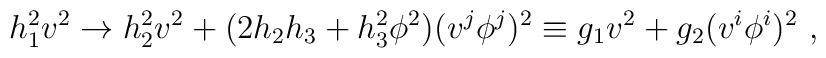
h_1^2 v^2 \rightarrow  h_2^2 v^2 + ( 2 h_2  h_3  + h_3^2 \phi^2  )  ( v^j \phi^j )^2 \equiv   g_1   v^2 + g_2  (v^i \phi^i )^2 ~,